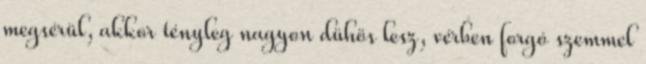
megsérül, akkor tényleg nagyon dühös lesz, vérben forgó szemmel